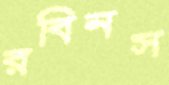
রবিনস